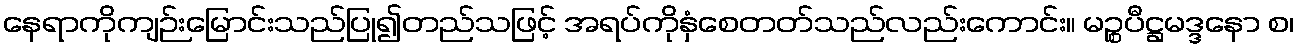
နေရာကိုကျဉ်းမြောင်းသည်ပြု၍တည်သဖြင့် အရပ်ကိုနှံစေတတ်သည်လည်းကောင်း။ မဉ္စပီဋ္ဌမဒ္ဒနော စ၊